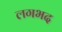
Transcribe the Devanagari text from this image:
लगभद